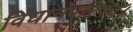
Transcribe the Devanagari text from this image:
विधानपरिषद।